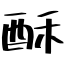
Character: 酥